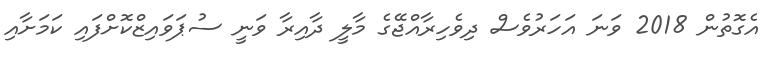
އެގޮތުން 2018 ވަނަ އަހަރުވެސް ދިވެހިރާއްޖޭގެ މާލީ ދާއިރާ ވަނީ ސުޕަވައިޒްކޮށްފައި ކަމަށާއި